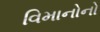
વિમાનોનો